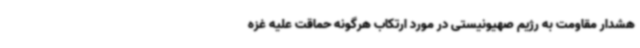
هشدار مقاومت به رژیم صهیونیستی در مورد ارتکاب هرگونه حماقت علیه غزه